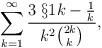
LaTeX: \begin{align*}\sum_{k=1}^\infty\frac{3\; \S{1}{k}-\frac{1}{k}}{k^2\binom{2k}{k}}, \end{align*}